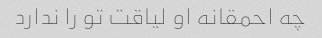
چه احمقانه او لیاقت تو را ندارد